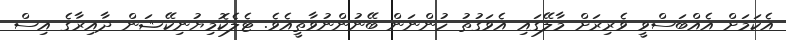
އެކަމަށް އެއްބަސްވީ ވެރިރަށް މާލޭގައި އެވަގުތު ހުންނަން ބޭނުންނުވާތީއެވެ. ޓެލެކޮމިޔުނިކޭޝަން ދާއިރާގެ އިސް